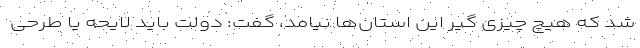
شد که هیچ چیزی گیر این استان‌ها نیامد، گفت: دولت باید لایحه یا طرحی